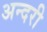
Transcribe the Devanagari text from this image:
अन्दरी